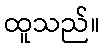
ထူသည်။